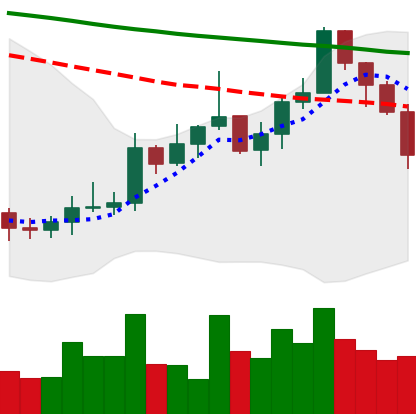
Ticker: XMR-USD
Chart end date: 2022-01-05
Forward return: -11.744%
Label: down_7plus